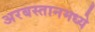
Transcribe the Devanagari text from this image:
अरबस्तानमध्ये